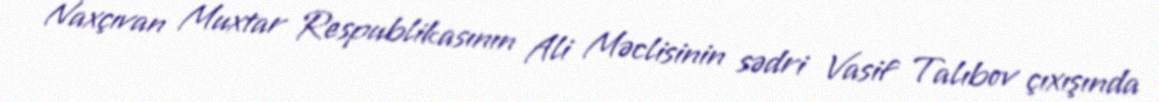
Naxçıvan Muxtar Respublikasının Ali Məclisinin sədri Vasif Talıbov çıxışında